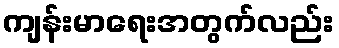
ကျန်းမာရေးအတွက်လည်း